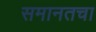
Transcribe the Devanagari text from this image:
समानतचा